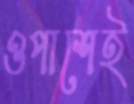
ওপাশেই